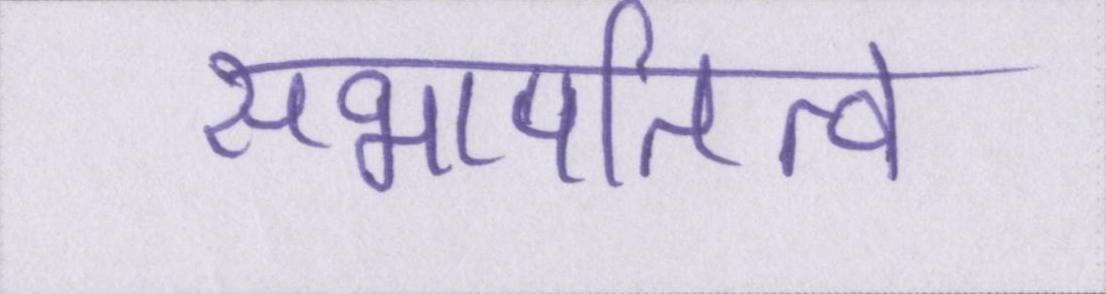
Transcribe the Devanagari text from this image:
सभापतित्व